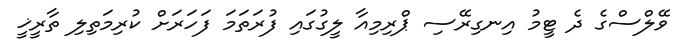
ވޭލްސްގެ ދެ ޓީމު އިނގިރޭސި ޕްރިމިއާ ލީގުގައި ފުރަތަމަ ފަހަރަށް ކުރިމަތިލި ތާރީޚީ